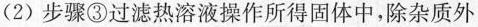
(2) 步骤③过滤热溶液操作所得固体中，除杂质外